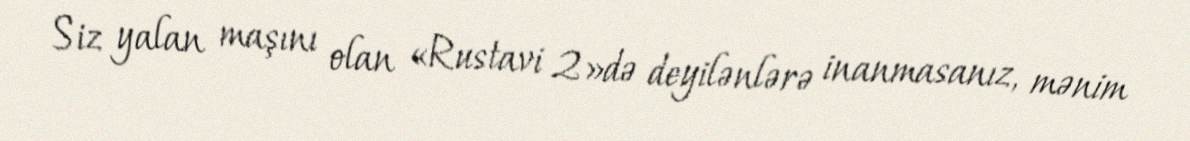
Siz yalan maşını olan «Rustavi 2»də deyilənlərə inanmasanız, mənim